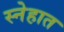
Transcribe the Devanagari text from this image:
स्नेहात